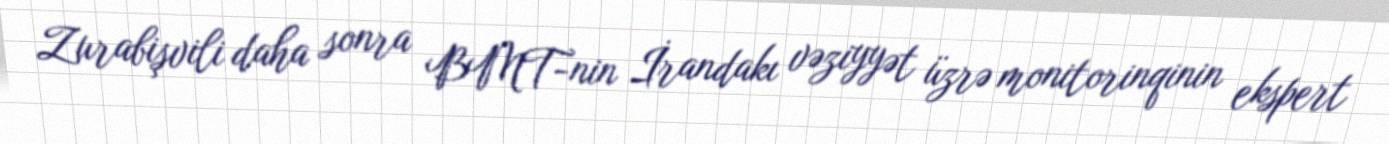
Zurabişvili daha sonra BMT-nin İrandakı vəziyyət üzrə monitorinqinin ekspert